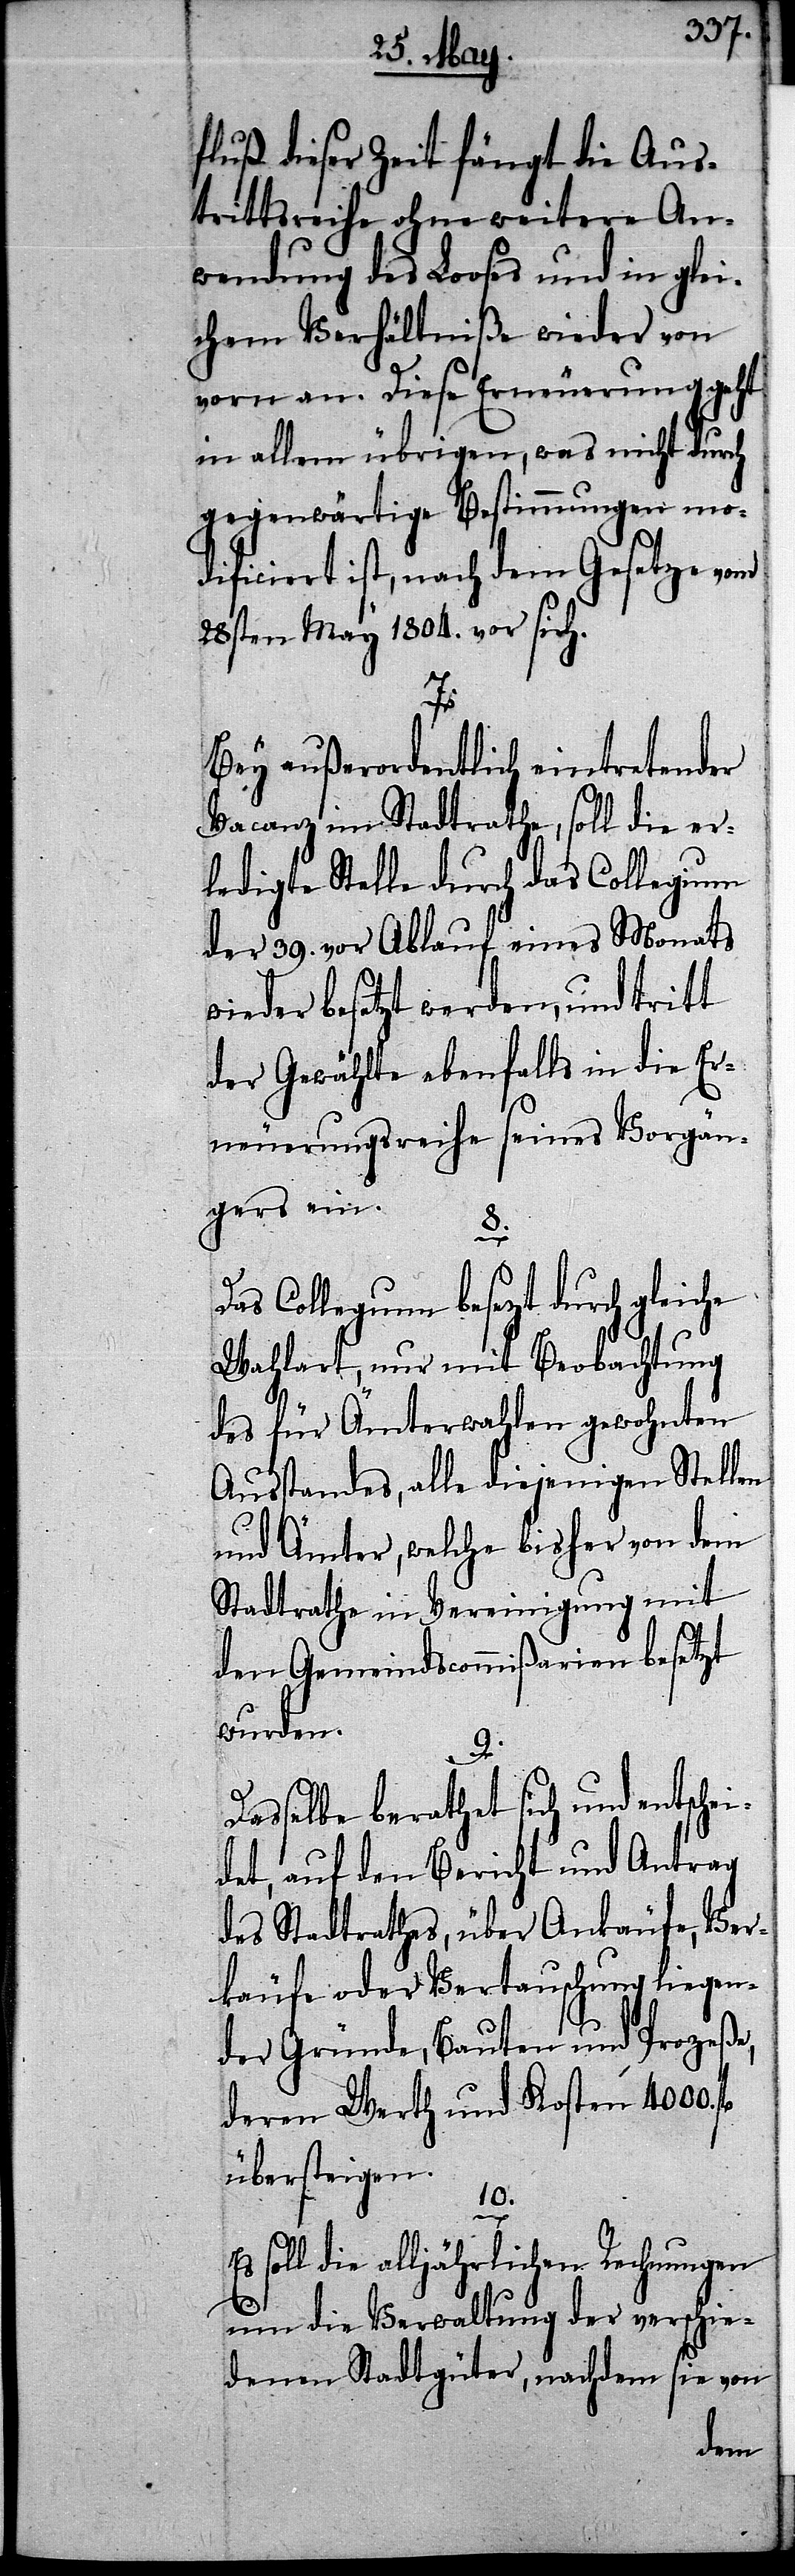
fluß dieser Zeit fängt die Aus¬
trittsreihe ohne weitere An¬
wendung des Looses und in glei¬
chem Verhältniße wieder von
vorn an. Diese Erneurung geht
in allem übrigen, was nicht durch
gegenwärtige Bestimmungen mo¬
dificiert ist, nach dem Gesetze vom
28sten May 1804. vor sich.
he
Bey außerordentlich eintretender
Vacanz im Stadtrathe, soll die er¬
ledigte Stelle durch das Collegium
der 39. vor Ablauf eines Monats
wieder besetzt werden, und tritt
der Gewählte ebenfalls in die Er¬
neuerungsreihe seines Vorgän¬
gers ein.
8.
Das Collegium besezt durch gleic¬
Wahlart, nur mit Beobachtung
des für Ämterwahlen gewohnten
Ausstandes, alle diejenigen Stellen
und Ämter, welche bisher von dem
Stadtrathe in Vereinigung mit
den Gemeindscommißarien besetzt
wurden.
9.
Dasselbe berathet sich und entschei¬
det, auf den Bericht und Antrag
des Stadtrathes, über Ankäufe, Ver¬
käufe oder Vertauschung liegen¬
der Gründe, Bauten und Prozeße,
deren Werth und Kosten 4000.
übersteigen.
10.
Es soll die alljährlichen Rechnungen
um die Verwaltung der verschie¬
denen Stadtgüter, nachdem sie von